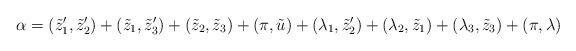
LaTeX: \begin{align*} \alpha=(\tilde{z}'_1,\tilde{z}'_2)+(\tilde{z}_1,\tilde{z}'_3)+ (\tilde{z}_2,\tilde{z}_3)+(\pi, \tilde{u})+ (\lambda_1,\tilde{z}'_2)+ (\lambda_2,\tilde{z}_1)+(\lambda_3,\tilde{z}_3)+(\pi, \lambda)\end{align*}